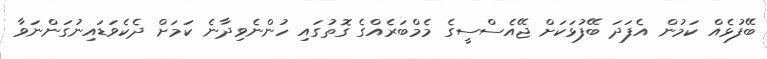
ބޭފުޅެއް ކަމުން އެފަދަ ބޭފުޅަކަށް ޖޭއެސްސީގެ މެމްބަރެއްގެ ގޮތުގައި ހުންނެވިދާނެ ކަމަށް ދެކެވަޑައިނުގަންނަވާ